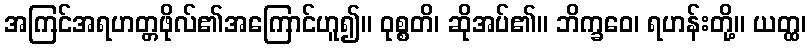
အကြင်အရဟတ္တဖိုလ်၏အကြောင်ဟူ၍။ ဝုစ္စတိ၊ ဆိုအပ်၏။ ဘိက္ခဝေ၊ ရဟန်းတို့။ ယတ္ထ၊